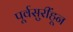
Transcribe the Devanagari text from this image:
पूर्वसुरींहून